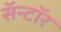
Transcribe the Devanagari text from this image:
सॅन्टॉर